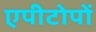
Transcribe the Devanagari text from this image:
एपीटोपों